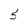
Character: 5